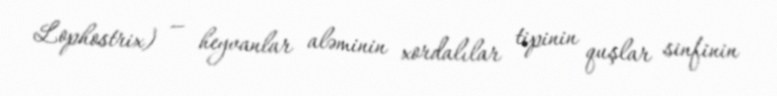
Lophostrix) — heyvanlar aləminin xordalılar tipinin quşlar sinfinin